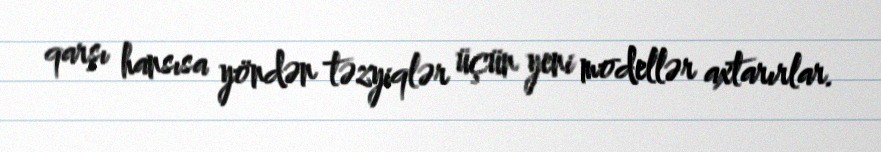
qarşı hansısa yöndən təzyiqlər üçün yeni modellər axtarırlar.